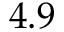
4 . 9